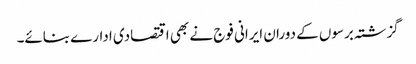
گزشتہ برسوں کے دوران ایرانی فوج نے بھی اقتصادی ادارے بنائے۔